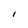
Character: I